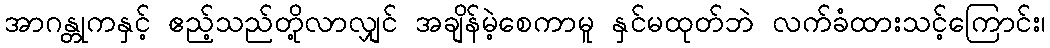
အာဂန္တုကနှင့် ဧည့်သည်တို့လာလျှင် အချိန်မဲ့စေကာမူ နှင်မထုတ်ဘဲ လက်ခံထားသင့်ကြောင်း၊